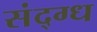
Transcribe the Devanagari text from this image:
संद्ग्ध